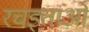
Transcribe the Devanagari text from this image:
रचइताओं